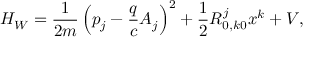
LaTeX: H _ { W } = \frac { 1 } { 2 m } \left( p _ { j } - \frac { q } { c } A _ { j } \right) ^ { 2 } + \frac { 1 } { 2 } R _ { 0 , k 0 } ^ { j } x ^ { k } + V ,